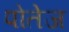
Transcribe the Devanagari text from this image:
पोतेज